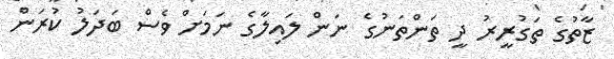
ޒާތުގެ ތަގުރީރު ދީ ތަންތަނުގެ ނަން ލައިލާގެ ނަމަށް ވެސް ބަދަލު ކުރަން